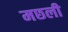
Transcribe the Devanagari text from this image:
मछली